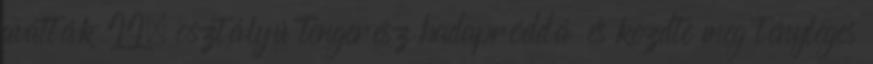
avatták II. osztályú tengerész hadapróddá és kezdte meg tényleges